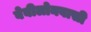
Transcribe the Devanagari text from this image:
बेबीलोनवासी